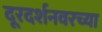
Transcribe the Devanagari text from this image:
दूरदर्शनवरच्या